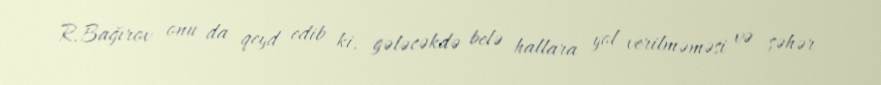
R.Bağırov onu da qeyd edib ki, gələcəkdə belə hallara yol verilməməsi və şəhər